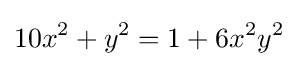
10x^{2}+y^{2}=1+6x^{2}y^{2}